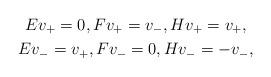
LaTeX: \begin{gather*}Ev_{+}=0, Fv_+=v_-,H v_+=v_+,\\Ev_{-}=v_+, Fv_-=0,H v_-=-v_-,\end{gather*}